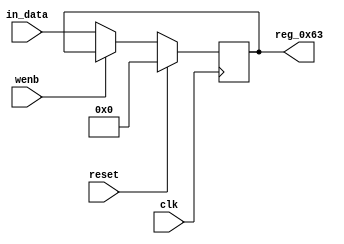
module r_TX_BUF_OBJ4_BYTE_3(output reg [7:0] reg_0x63, input wire reset, input wire wenb, input wire [7:0] in_data, input wire clk);
	always@(posedge clk)
	begin
		if(reset==0) begin
			if(wenb==0)
				reg_0x63<=in_data;
			else
				reg_0x63<=reg_0x63;
		end
		else
			reg_0x63<=8'h00;
	end
endmodule